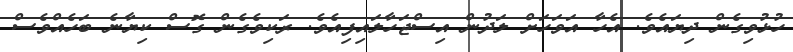
ހުޅުވިގެން ދިޔައެވެ. އެހާ އަވަހަށް ލަދުން އިސްޖަހާލައިފިއެވެ. ރަކިވެގެން ގޮސް ކިޔާނެ ބަހެއްވެސް